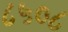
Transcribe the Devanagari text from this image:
८५०८